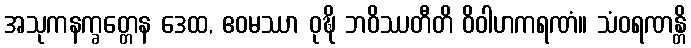
အသုကနက္ခတ္တေန ဒေထ, ဧဝမဿာ ဝုဍ္ဎိ ဘဝိဿတီတိ ဝိဝါဟကရဏံ။ သံဝရဏန္တိ